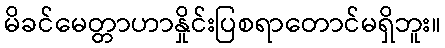
မိခင်မေတ္တာဟာနှိုင်းပြစရာတောင်မရှိဘူး။